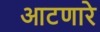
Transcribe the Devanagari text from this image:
आटणारे